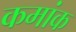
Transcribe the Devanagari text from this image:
कमांक